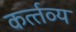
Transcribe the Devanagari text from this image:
कर्त्‍तव्‍य